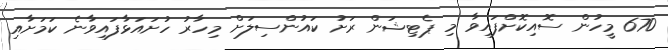
670 މީހުން ސޮއިކޮށްފައިވާ މި ޕެޓިޝަން ރަށު ކައުންސިލަށް މިހާރު ހުށައަޅާފައިވާނެ ކަމަށާއި